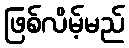
ဖြစ်လိမ့်မည်